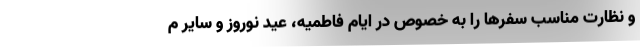
و نظارت مناسب سفرها را به خصوص در ایام فاطمیه، عید نوروز و سایر م